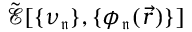
\mathcal { \tilde { E } } [ \{ \nu _ { \mathfrak { n } } \} , \{ \phi _ { \mathfrak { n } } ( \vec { r } ) \} ]